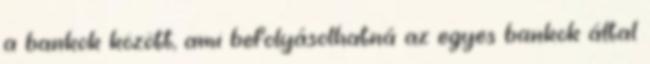
a bankok között, ami befolyásolhatná az egyes bankok által